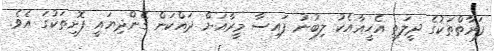
ފަރާތްތަކުގެ ދީލަތި އެހީއާއެކު ލިބުނު ފައިސާ މީރާއަށް ދައްކަން ގެންދިޔައީ ފޮށިތަކުގަ އެވެ.